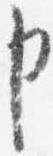
申